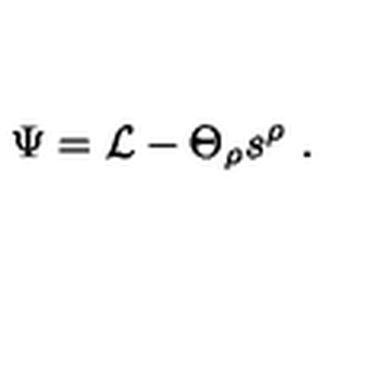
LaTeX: \Psi = { \cal L } - \Theta _ { \rho } s ^ { \rho } \ .